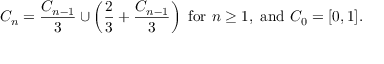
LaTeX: C _ { n } = { \frac { C _ { n - 1 } } { 3 } } \cup \left( { \frac { 2 } { 3 } } + { \frac { C _ { n - 1 } } { 3 } } \right) { \mathrm { ~ f o r ~ } } n \geq 1 , { \mathrm { ~ a n d ~ } } C _ { 0 } = [ 0 , 1 ] .